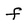
Character: f